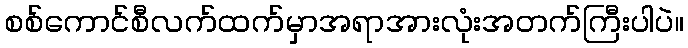
စစ်ကောင်စီလက်ထက်မှာအရာအားလုံးအတက်ကြီးပါပဲ။